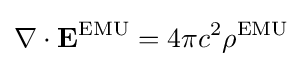
\nabla \cdot \mathbf {E} ^{\text{EMU}}=4\pi c^{2}\rho ^{\text{EMU}}